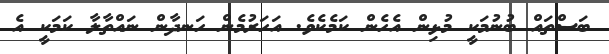
ބަސްތައް ބުނުމަކީ މުޅިން އެހެން ކަމެކެވެ. އަހަރުމެން ހަނދާން ނައްތާލާ ކަމަކީ އެ